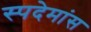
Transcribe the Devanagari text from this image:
स्पदेमांस